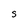
Character: S